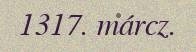
1317. márcz.